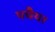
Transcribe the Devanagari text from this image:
पचैयर